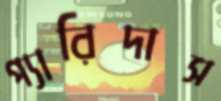
প্যারিদাস